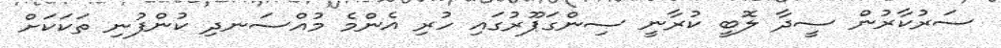
ސަރުކާރުން ސީދާ ލޮބީ ކުރާނީ ސިންގަޕޫރުގައި ހުރި އެންމެ މުއްސަނދި ކުންފުނި ތަކަކަށް